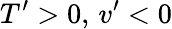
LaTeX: {T}^{\prime}>0,\, {v}^{\prime}<0